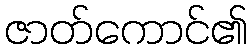
ဇာတ်ကောင်၏